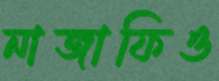
নাজাফিও